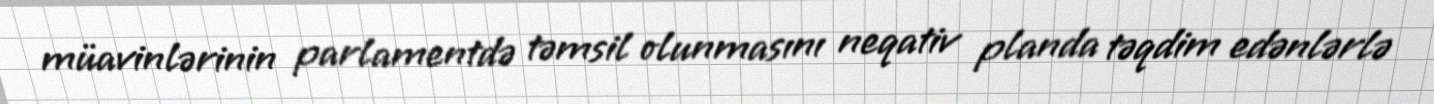
müavinlərinin parlamentdə təmsil olunmasını neqativ planda təqdim edənlərlə